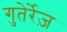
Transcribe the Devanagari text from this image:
गुतेर्रेज़